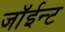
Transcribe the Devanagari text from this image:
जॉईन्ट